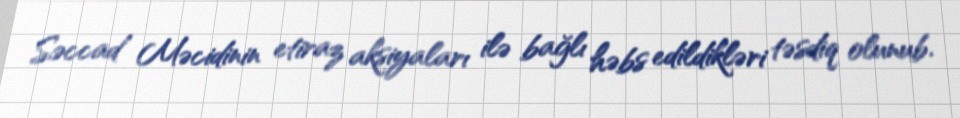
Səccad Məcidinin etiraz aksiyaları ilə bağlı həbs edildikləri təsdiq olunub.